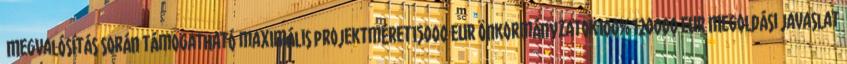
▪Megvalósítás során támogatható maximális projektméret15000 EUR▪Önkormányzatok100% 120000 EUR▪Megoldási javaslat